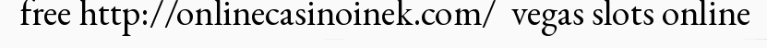
free http://onlinecasinoinek.com/  vegas slots online